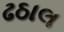
ઢઠાલ